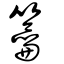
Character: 籥